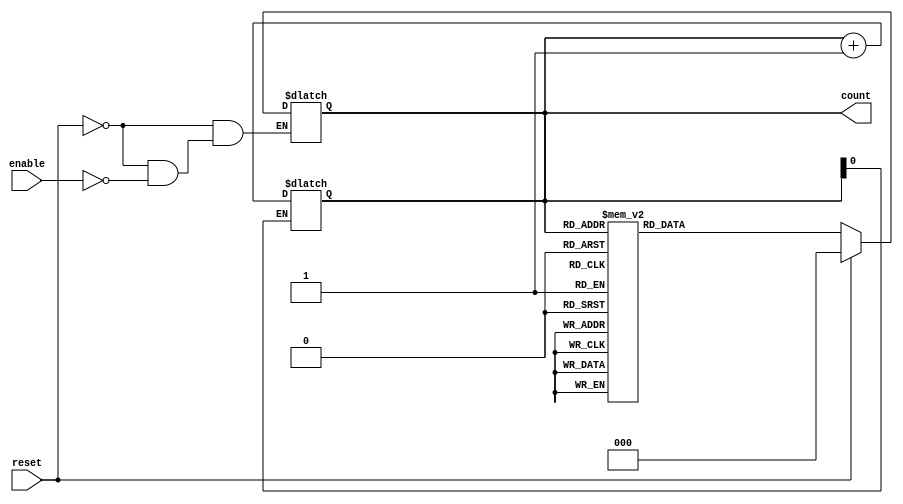
module mod_n_async_counter (
    input wire reset,          // Asynchronous reset
    input wire enable,        // Enable signal for counting
    output reg [2:0] count    // 3-bit output for the counter (for Mod-8)
);

// Asynchronous reset and counting logic
always @(*) begin
    if (reset) begin
        count = 3'b000; // Reset the counter to 0
    end else if (enable) begin
        // Count logic: Increment the counter on the falling edge of the LSB
        case (count)
            3'b000: count = 3'b001;
            3'b001: count = 3'b010;
            3'b010: count = 3'b011;
            3'b011: count = 3'b100;
            3'b100: count = 3'b101;
            3'b101: count = 3'b110;
            3'b110: count = 3'b111;
            3'b111: count = 3'b000; // Wrap around to 0
            default: count = 3'b000; // Safety default
        endcase
    end
end

// Trigger counting on the falling edge of the LSB
always @(count[0]) begin
    if (!count[0]) begin // Falling edge of LSB
        count <= count + 1; // Increment the counter
    end
end

endmodule